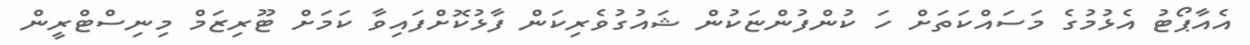
އެއާޕޯޓު އެޅުމުގެ މަސައްކަތަށް ހަ ކުންފުންޏަކުން ޝައުގުވެރިކަން ފާޅުކޮށްފައިވާ ކަމަށް ޓޫރިޒަމް މިނިސްޓްރީން